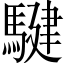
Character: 騝